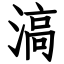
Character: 滈